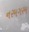
નરમગરમ